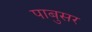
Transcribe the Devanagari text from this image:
पाबुसर